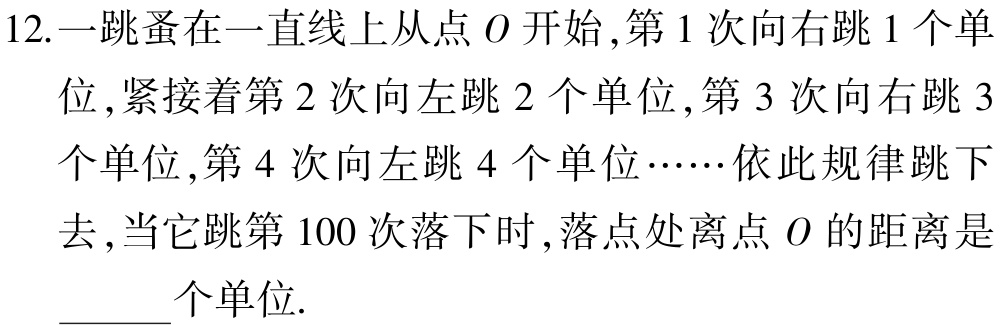
12.一跳蚤在一直线上从点\(O\)开始,第\(1\)次向右跳\(1\)个单位,紧接着第\(2\)次向左跳\(2\)个单位,第\(3\)次向右跳\(3\)个单位,第\(4\)次向左跳\(4\)个单位……依此规律跳下去,当它跳第\(100\)次落下时,落点处离点\(O\)的距离是______个单位.